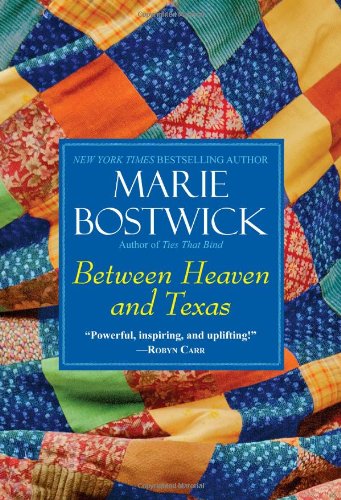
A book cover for Between Heaven and Texas (A Too Much, Texas Novel); Marie Bostwick; Literature & Fiction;